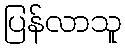
ပြန်လာသူ